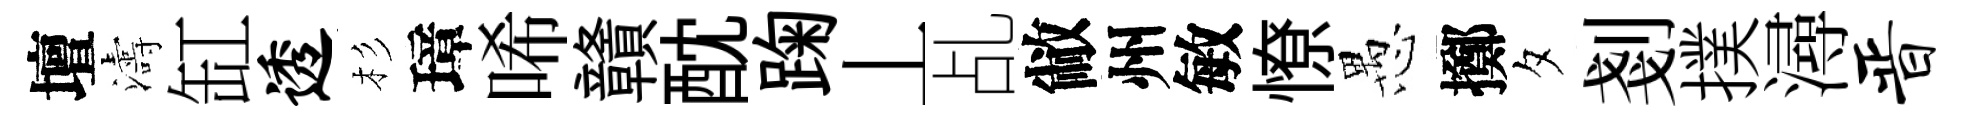
壇濤缸透杉璋唏贛酖踘丄乩敝州敏憭愚擲夕剗撲潯晋